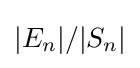
|E_{n}|/|S_{n}|